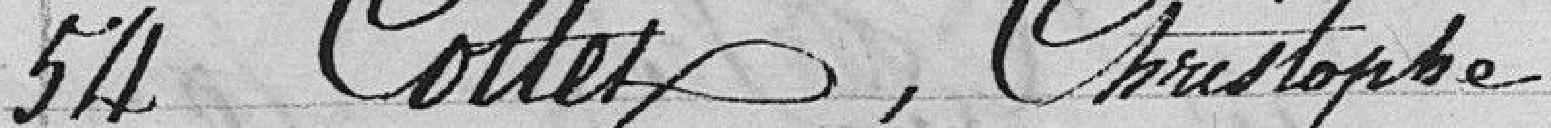
54 Cottet, Christophe